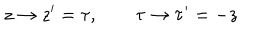
z \rightarrow z ^ { \prime } = \tau , \qquad \tau \rightarrow { \tau } ^ { \prime } = - z